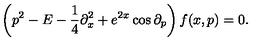
\left( p ^ { 2 } - E - { \frac { 1 } { 4 } } \partial _ { x } ^ { 2 } + e ^ { 2 x } \cos \partial _ { p } \right) f ( x , p ) = 0 .